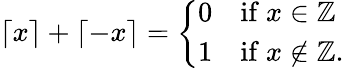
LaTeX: \lceil x\rceil+\lceil-x\rceil={\left\{ \begin{array}{ll}{0}&{{\mathrm{if~}}x\in\mathbb{Z}}\\ {1}&{{\mathrm{if~}}x\not\in\mathbb{Z}.}\end{array}\right.}